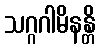
သဂ္ဂဂါမိနန္တိ